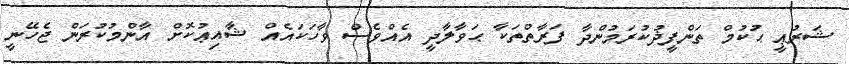
ޝަރުޢީ ޙުކުމް ތަންފީޛުކުރަމުންދާ ފަރާތްތަކާ ޙަވާލާދީ އެއްވެސް ވާހަކައެއް ޝާއިޢުކޮށް އާންމުކުރަން ޖެހޭނީ